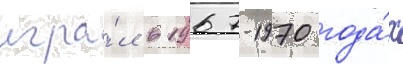
игра́л в 1967-1970 года́х